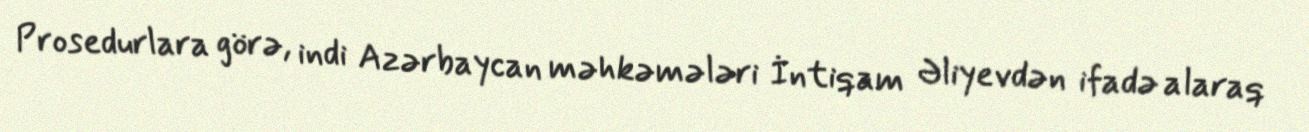
Prosedurlara görə, indi Azərbaycan məhkəmələri İntiqam Əliyevdən ifadə alaraq